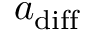
a _ { \mathrm { d i f f } }